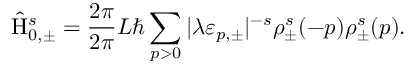
\hat { \mathrm { H } } _ { 0 , \pm } ^ { s } = \frac { 2 \pi } { 2 \pi } { L } \hbar \sum _ { p > 0 } | { \lambda } { \varepsilon } _ { p , \pm } | ^ { - s } { \rho } _ { \pm } ^ { s } ( - p ) { \rho } _ { \pm } ^ { s } ( p ) .